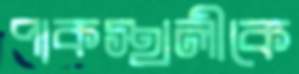
পাকস্থলীকে